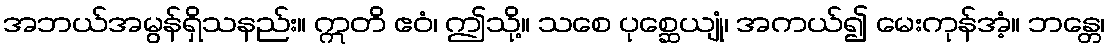
အဘယ်အမွန်ရှိသနည်း။ ဣတိ ဧဝံ၊ ဤသို့။ သစေ ပုစ္ဆေယျုံ၊ အကယ်၍ မေးကုန်အံ့။ ဘန္တေ၊